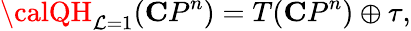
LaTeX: {\calQH}_{\mathcal{L}=1}({\mathbf{C}P}^{n})=T({\mathbf{C}P}^{n})\oplus\tau,